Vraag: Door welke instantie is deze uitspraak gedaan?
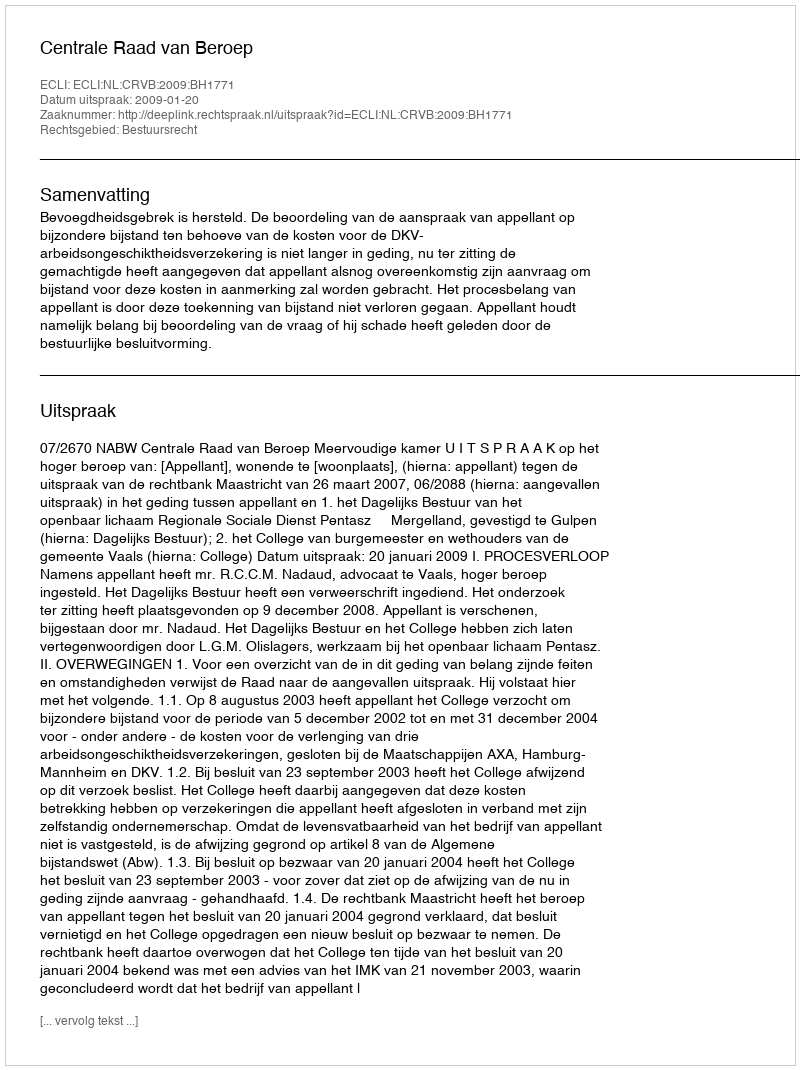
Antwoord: Centrale Raad van Beroep